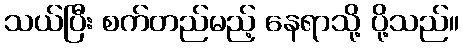
သယ်ပြီး စက်တည်မည့် နေရာသို့ ပို့သည်။